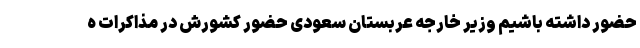
حضور داشته باشیم وزیر خارجه عربستان سعودی حضور کشورش در مذاکرات ه